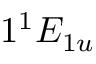
1 ^ { 1 } E _ { 1 u }